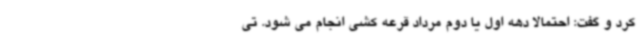
کرد و گفت: احتمالا دهه اول یا دوم مرداد قرعه کشی انجام می شود. تی